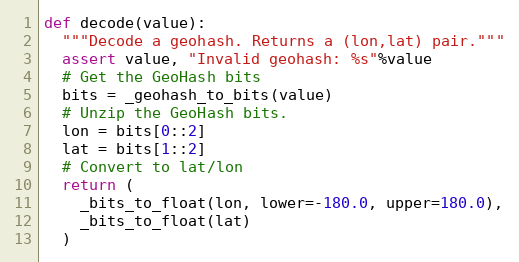
Language: Python
def decode(value):
  """Decode a geohash. Returns a (lon,lat) pair."""
  assert value, "Invalid geohash: %s"%value
  # Get the GeoHash bits
  bits = _geohash_to_bits(value)
  # Unzip the GeoHash bits.
  lon = bits[0::2]
  lat = bits[1::2]
  # Convert to lat/lon
  return (
    _bits_to_float(lon, lower=-180.0, upper=180.0),
    _bits_to_float(lat)
  )